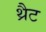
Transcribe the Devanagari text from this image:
थ्रैट